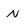
Character: n